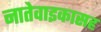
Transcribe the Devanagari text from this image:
नातेवाइकासह